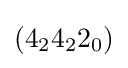
(4_{2}4_{2}2_{0})